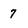
Character: 7